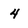
Character: 4